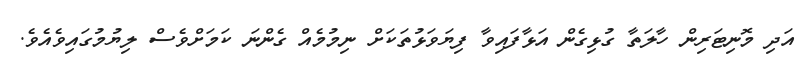
އަދި މޮނިޓަރިން ހާލަތާ ގުޅިގެން އަޅާފައިވާ ފިޔަވަޅުތަކަށް ނިމުމެއް ގެންނަ ކަމަށްވެސް ލިޔުމުގައިވެއެވެ.